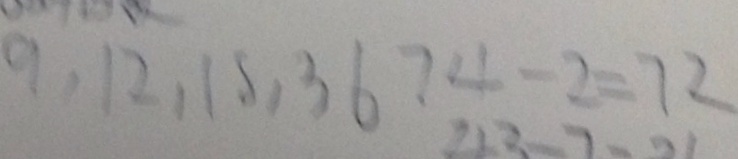
9 , 1 2 , 1 5 , 3 6 7 4 - 2 = 7 2